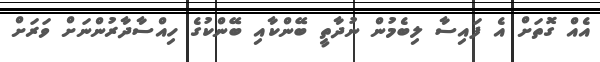
އެއް ގޮތަށް އެ ފައިސާ ލިބެމުން ނުދާތީ ބޭންކާއި ބޭންކުގެ ހިއްސާދާރުންނަށް ވަރަށް